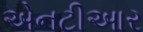
એનટીઆર